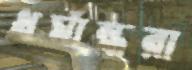
ধর্মান্ধরা